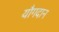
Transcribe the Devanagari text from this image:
यौगदान